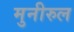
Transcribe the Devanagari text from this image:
मुनीरुल